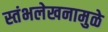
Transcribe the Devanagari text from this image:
स्तंभलेखनामुळे